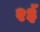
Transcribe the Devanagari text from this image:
२३ॅ